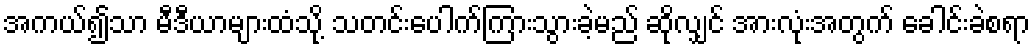
အကယ်၍သာ မီဒီယာများထံသို့ သတင်းပေါက်ကြားသွားခဲ့မည် ဆိုလျှင် အားလုံးအတွက် ခေါင်းခဲစရာ